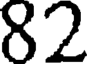
82